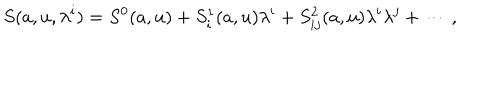
LaTeX: S ( a , u , \lambda ^ { i } ) = S ^ { 0 } ( a , u ) + S _ { i } ^ { 1 } ( a , u ) \lambda ^ { i } + S _ { i j } ^ { 2 } ( a , u ) \lambda ^ { i } \lambda ^ { j } + \cdots \, ,